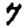
Digit: 7